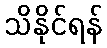
သိနိုင်ရန်